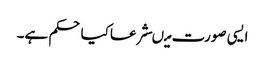
ایسی صورت میںشرعاکیاحکم ہے۔